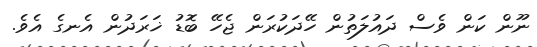
ނޫން ކަން ވެސް ދައުލަތުން ހޭދަކުރަން ޖެހޭ ބޮޑު ޚަރަދުން އެނގެ އެވެ.